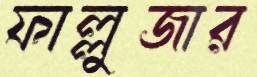
ফাল্লুজার